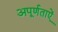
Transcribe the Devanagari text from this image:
अपूर्णताऐं